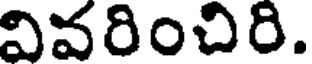
వివరించిరి.